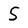
Character: S